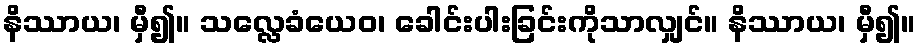
နိဿာယ၊ မှီ၍။ သလ္လေခံယေဝ၊ ခေါင်းပါးခြင်းကိုသာလျှင်။ နိဿာယ၊ မှီ၍။